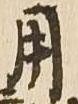
用